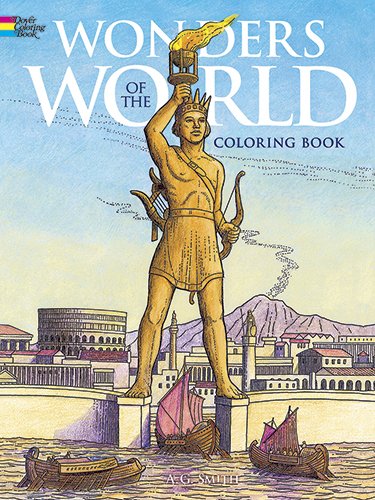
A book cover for Wonders of the World Coloring Book (Dover History Coloring Book); Children's Books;